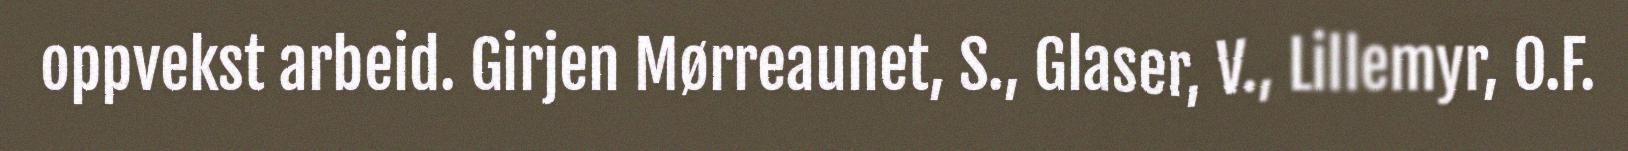
oppvekst arbeid. Girjen Mørreaunet, S., Glaser, V., Lillemyr, O.F.